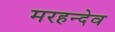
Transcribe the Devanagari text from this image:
मरहन्देव